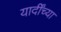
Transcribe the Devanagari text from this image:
यार्दींच्या